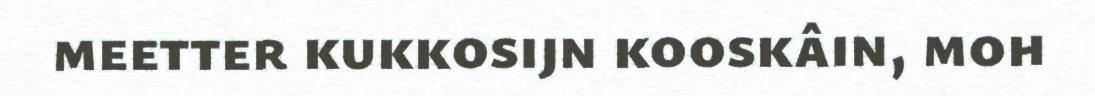
meetter kukkosijn kooskâin, moh